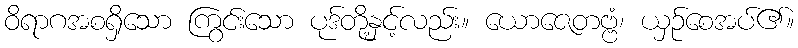
ဝိရာဂအစရှိသော ကြွင်းသော ပုဒ်တို့နှင့်လည်း။ ယောဇေတဗ္ဗံ၊ ယှဉ်စေအပ်၏။